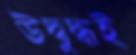
উদ্বুদ্ধই